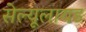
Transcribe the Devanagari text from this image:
सेल्यूलायड